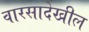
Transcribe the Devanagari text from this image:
वारसादेखील